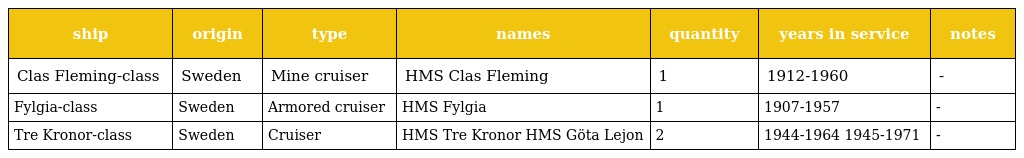
| ship | origin | type | names | quantity | years in service | notes |
 | --- | --- | --- | --- | --- | --- | --- |
 | Clas Fleming-class | Sweden | Mine cruiser | HMS Clas Fleming | 1 | 1912-1960 | - |
 | Fylgia-class | Sweden | Armored cruiser | HMS Fylgia | 1 | 1907-1957 | - |
 | Tre Kronor-class | Sweden | Cruiser | HMS Tre Kronor HMS Göta Lejon | 2 | 1944-1964 1945-1971 | - |